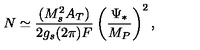
N \simeq \frac { ( M _ { s } ^ { 2 } A _ { T } ) } { 2 g _ { s } ( 2 \pi ) F } \left( \frac { \Psi _ { * } } { M _ { P } } \right) ^ { 2 } ,